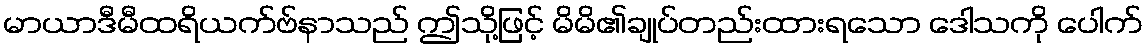
မာယာဒီမီထရိယက်ဗ်နာသည် ဤသို့ဖြင့် မိမိ၏ချုပ်တည်းထားရသော ဒေါသကို ပေါက်